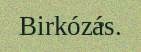
Birkózás.